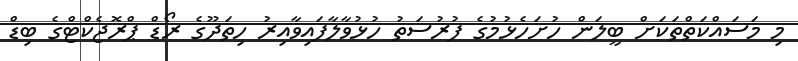
މި މަސައްކަތްތަކަށް ބީލަން ހުށަހެޅުމުގެ ފުރުސަތު ހުޅުވާލާފައިވާއިރު ހިތަދޫގެ ރޯޑް ޕްރޮޖެކްޓްގެ ބިޑް